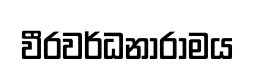
වීරවර්ධනාරාමය